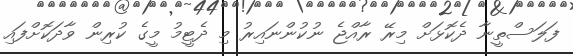
ފަލަސްތީނާ ދެކޮޅަށް މިރޭ ރާއްޖެ ނުކުންނައިރު މި ދެޓީމު މީގެ ކުރިން ވާދަކޮށްފައި